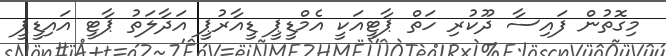
މިގޮތުން ފައިސާ ދޫކުރި ހަތް ޕާޓީއަކީ އެމްޑީޕީ ޑީއާރުޕީ އަދާލަތު ޕާޓީ އައިޑީޕީ